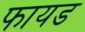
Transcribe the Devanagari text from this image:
फायड